Annual report of the Imperial Bacteriologist
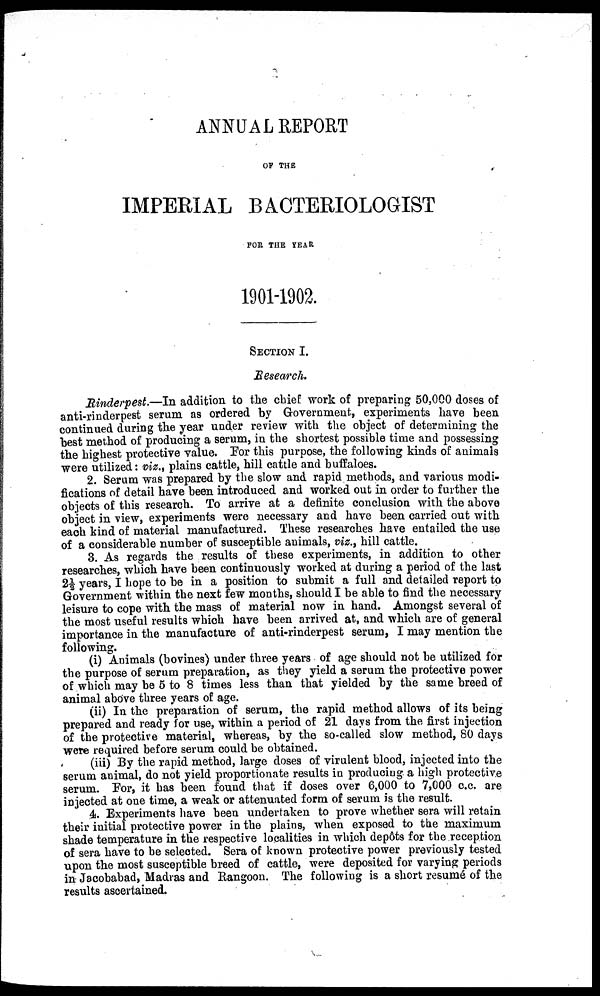
ANNUAL REPORT
OF THE
IMPERIAL BACTERIOLOGIST
FOR THE YEAR
1901-1902.
SECTION I.
Research.
Rinderpest.—In addition to the chief work of preparing 50,000 doses of
anti-rinderpest serum as ordered by Government, experiments have been
continued during the year under review with the object of determining the
best method of producing a serum, in the shortest possible time and possessing
the highest protective value. For this purpose, the following kinds of animals
were utilized: viz., plains cattle, hill cattle and buffaloes.
2. Serum was prepared by the slow and rapid methods, and various modi-
fications of detail have been introduced and worked out in order to further the
objects of this research. To arrive at a definite conclusion with the above
object in view, experiments were necessary and have been carried out with
each kind of material manufactured. These researches have entailed the use
of a considerable number of susceptible animals, viz., hill cattle.
3. As regards the results of these experiments, in addition to other
researches, which have been continuously worked at during a period of the last
2½ years, I hope to be in a position to submit a full and detailed report to
Government within the next few months, should I be able to find the necessary
leisure to cope with the mass of material now in hand. Amongst several of
the most useful results which have been arrived at, and which are of general
importance in the manufacture of anti-rinderpest serum, I may mention the
following.
(i) Animals (bovines) under three years of age should not be utilized for
the purpose of serum preparation, as they yield a serum the protective power
of which may be 5 to 8 times less than that yielded by the same breed of
animal above three years of age.
(ii) In the preparation of serum, the rapid method allows of its being
prepared and ready for use, within a period of 21 days from the first injection
of the protective material, whereas, by the so-called slow method, 80 days
were required before serum could be obtained.
(iii) By the rapid method, large doses of virulent blood, injected into the
serum animal, do not yield proportionate results in producing a high protective
serum. For, it has been found that if doses over 6,000 to 7,000 c.c, are
injected at one time, a weak or attenuated form of serum is the result.
4. Experiments have been undertaken to prove whether sera will retain
their initial protective power in the plains, when exposed to the maximum
shade temperature in the respective localities in which depôts for the reception
of sera have to be selected. Sera of known protective power previously tested
upon the most susceptible breed of cattle, were deposited for varying periods
in Jacobabad, Madras and Rangoon. The following is a short resumé of the
results ascertained.